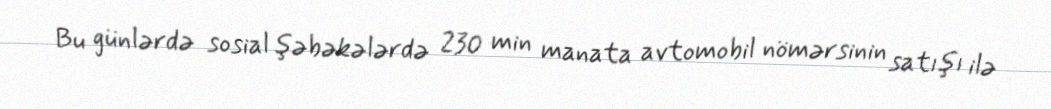
Bu günlərdə sosial şəbəkələrdə 230 min manata avtomobil nömərsinin satışı ilə